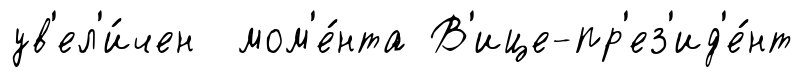
ув'ел'и́чен мом'е́нта В'ице-пр'ез'ид'е́нт